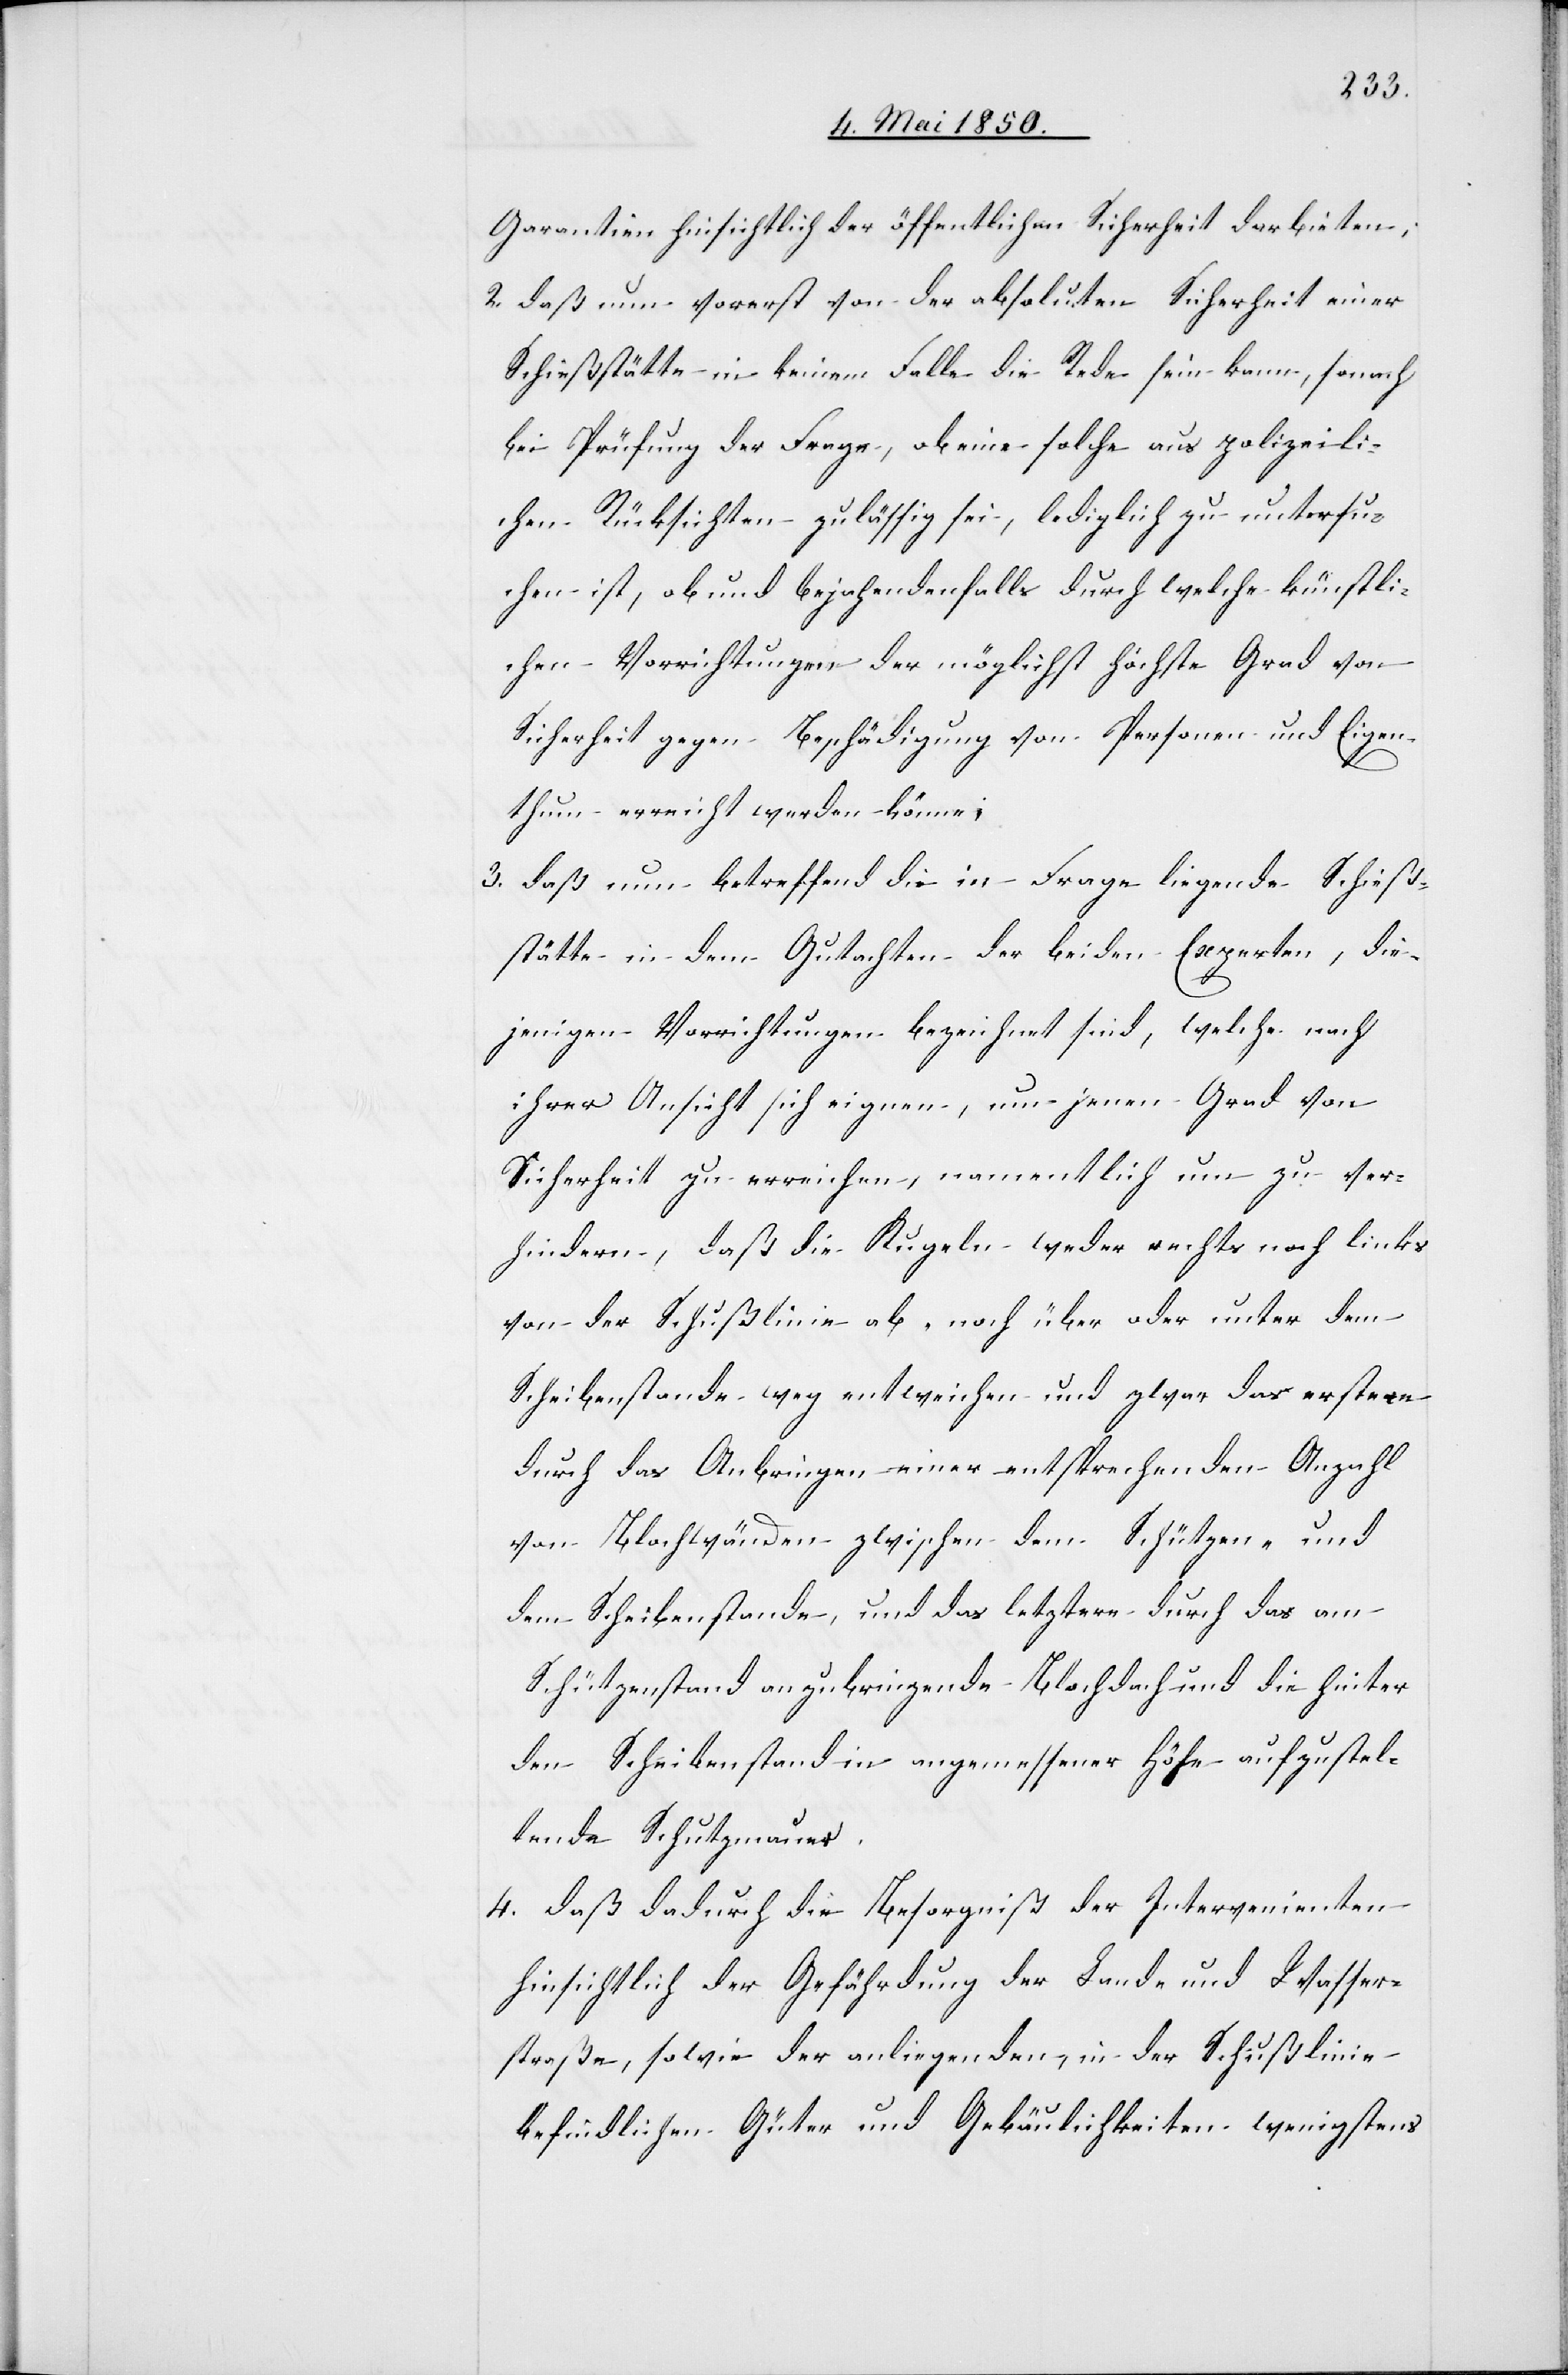
Garantien hinsichtlich der öffentlichen Sicherheit darbieten;
2. daß nun vorerst von der absoluten Sicherheit einer
Schießstätte in keinem Falle die Rede sein kann, sonach
bei Prüfung der Frage, ob eine solche aus polizeili¬
chen Rücksichten zulässig sei, lediglich zu untersu¬
chen ist, ob und bejahendenfalls durch welche künstli¬
chen Vorrichtungen der möglichst höchste Grad von
Sicherheit gegen Beschädigung von Personen und Eigen¬
thum erreicht werden könne;
3. daß nun betreffend die in Frage liegende Schieß¬
stätte in dem Gutachten der beiden Experten, die¬
jenigen Vorrichtungen bezeichnet sind, welche nach
ihrer Ansicht sich eignen, um jenen Grad von
Sicherheit zu erreichen, namentlich um zu ver¬
hindern, daß die Kugeln weder rechts noch links
von der Schußlinie ab- noch über oder unter dem
Scheibenstande weg entweichen und zwar das erstere
durch das Anbringen einer entsprechenden Anzahl
von Blochwänden zwischen dem Schützen- und
dem Scheibenstande, und das letztere durch das am
Schützenstand anzubringende Blochdach und die hinter
den Scheibenstand in angemessener Höhe aufzustel¬
lende Schutzmauer.
4. daß dadurch die Besorgniß der Intervenienten
hinsichtlich der Gefährdung der Land- und Wasser¬
straße, sowie der anliegenden, in der Schußlinie
befindlichen Güter und Gebäulichkeiten wenigstens